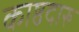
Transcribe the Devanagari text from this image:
काष्ठदारु